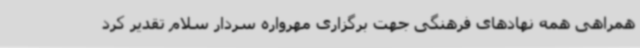
همراهی همه نهادهای فرهنگی جهت برگزاری مهرواره سردار سلام تقدیر کرد